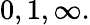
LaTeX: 0,1,\infty.